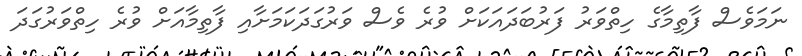
ނަމަވެސް ފާތިމާގެ ހިތްވަރު ފަރުބަދައަކަށް ވުރެ ވެސް ވަރުގަދަކަމަށާއި ފާތިމާއަށް ވުރެ ހިތްވަރުގަދަ